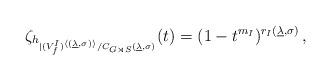
LaTeX: \begin{align*}\zeta_{h_{\vert (V_f^I)^{\langle (\underline{\lambda}, \sigma)\rangle}/C_{G \rtimes S}(\underline{\lambda},\sigma)}}(t) = (1-t^{m_I})^{r_I(\underline{\lambda},\sigma)} \, ,\end{align*}